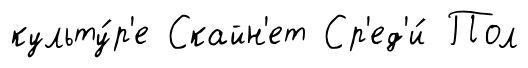
культу́р'е Скайн'ет Ср'ед'и́ Пол